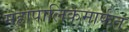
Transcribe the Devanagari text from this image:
महापालिकेमार्फत